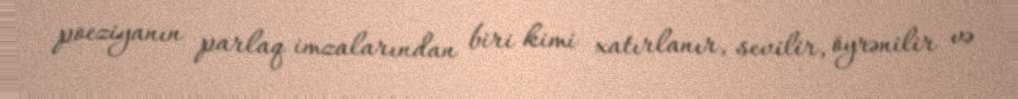
poeziyanın parlaq imzalarından biri kimi xatırlanır, sevilir, öyrənilir və